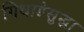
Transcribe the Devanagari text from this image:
गिधाडेसुद्धा